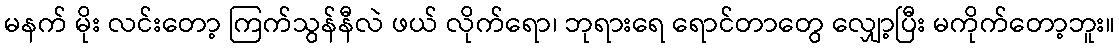
မနက် မိုး လင်းတော့ ကြက်သွန်နီလဲ ဖယ် လိုက်ရော၊ ဘုရားရေ ရောင်တာတွေ လျှော့ပြီး မကိုက်တော့ဘူး။